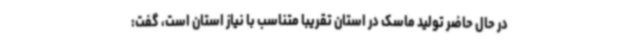
در حال حاضر تولید ماسک در استان تقریبا متناسب با نیاز استان است، گفت: